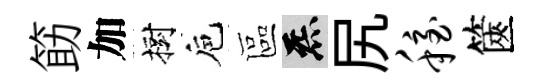
筯加樹巵區炁尻稳篋